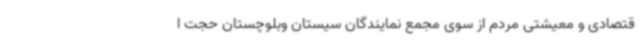
قتصادی و معیشتی مردم از سوی مجمع نمایندگان سیستان وبلوچستان حجت ا